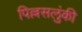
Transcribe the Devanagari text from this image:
पिल्लसलुंकी